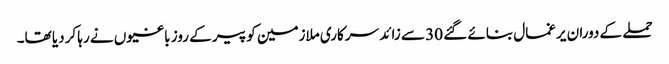
حملے کے دوران یرغمال بنائے گئے 30 سے زائد سرکاری ملازمین کو پیر کے روز باغیوں نے رہا کردیا تھا۔